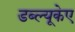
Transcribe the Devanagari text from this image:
डब्ल्यूकेए